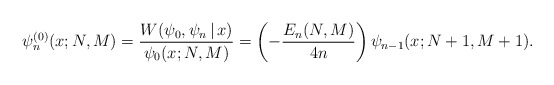
\begin{gather*} \psi _{n}^{(0) }(x;N,M) =\frac{W(\psi _{0},\psi _{n}\,|\, x)}{\psi _{0}(x;N,M) }=\left( -\frac{E_{n}( N,M) }{4n}\right) \psi _{n-1}( x;N+1,M+1) .\end{gather*}